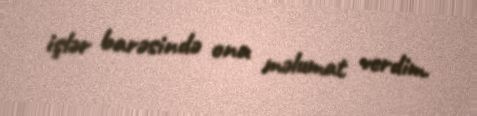
işlər barəsində ona məlumat verdim.